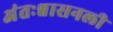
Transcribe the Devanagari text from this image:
अंतःश्वासनली